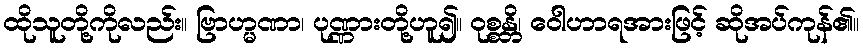
ထိုသူတို့ကိုလည်း။ ဗြာဟ္မဏာ၊ ပုဏ္ဏားတို့ဟူ၍။ ဝုစ္စန္တိ၊ ဝေါဟာရအားဖြင့် ဆိုအပ်ကုန်၏။